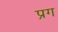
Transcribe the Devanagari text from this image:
प्रग